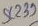
Text: SC239